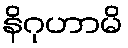
နိဂုဟာမိ